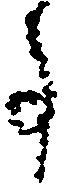
事